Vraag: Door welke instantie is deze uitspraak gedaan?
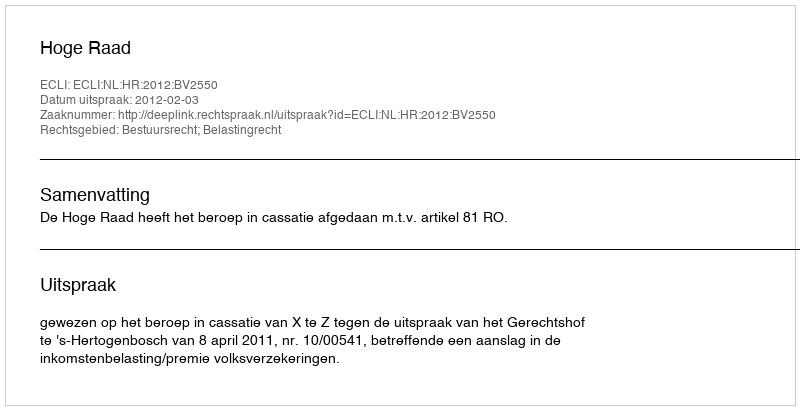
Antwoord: Hoge Raad